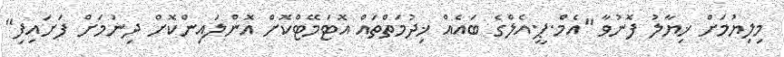
މިލިޔުމަށް ޚިޔާލު ފޮނުވާ "އެމް.ޕީ.އެލްގެ ބައެއް ޚިދުމަތްތައް އޮޓަމޭޓްކޮށް އޮންލައިންކޮށް ދިނުމަށް ފަށައިފި"